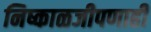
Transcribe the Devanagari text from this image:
निष्काळजीपणाही